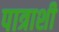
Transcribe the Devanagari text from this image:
पात्राशी